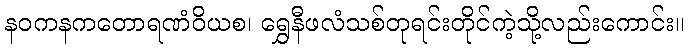
နဝကနကတောရဏံဝိယစ၊ ရွှေနီဖလံသစ်တုရင်းတိုင်ကဲ့သို့လည်းကောင်း။